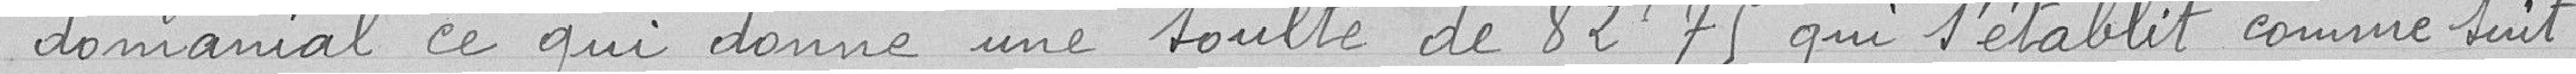
domanial ce qui donne une soulte de 82,75 francs qui s'établit comme suit :